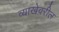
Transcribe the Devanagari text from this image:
व्याखेवरील